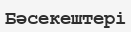
Бәсекештері